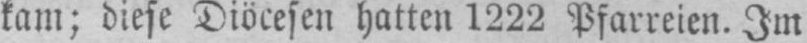
kam; diese Diöcesen hatten 1222 Pfarreien. Im